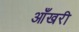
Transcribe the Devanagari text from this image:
आँखरी